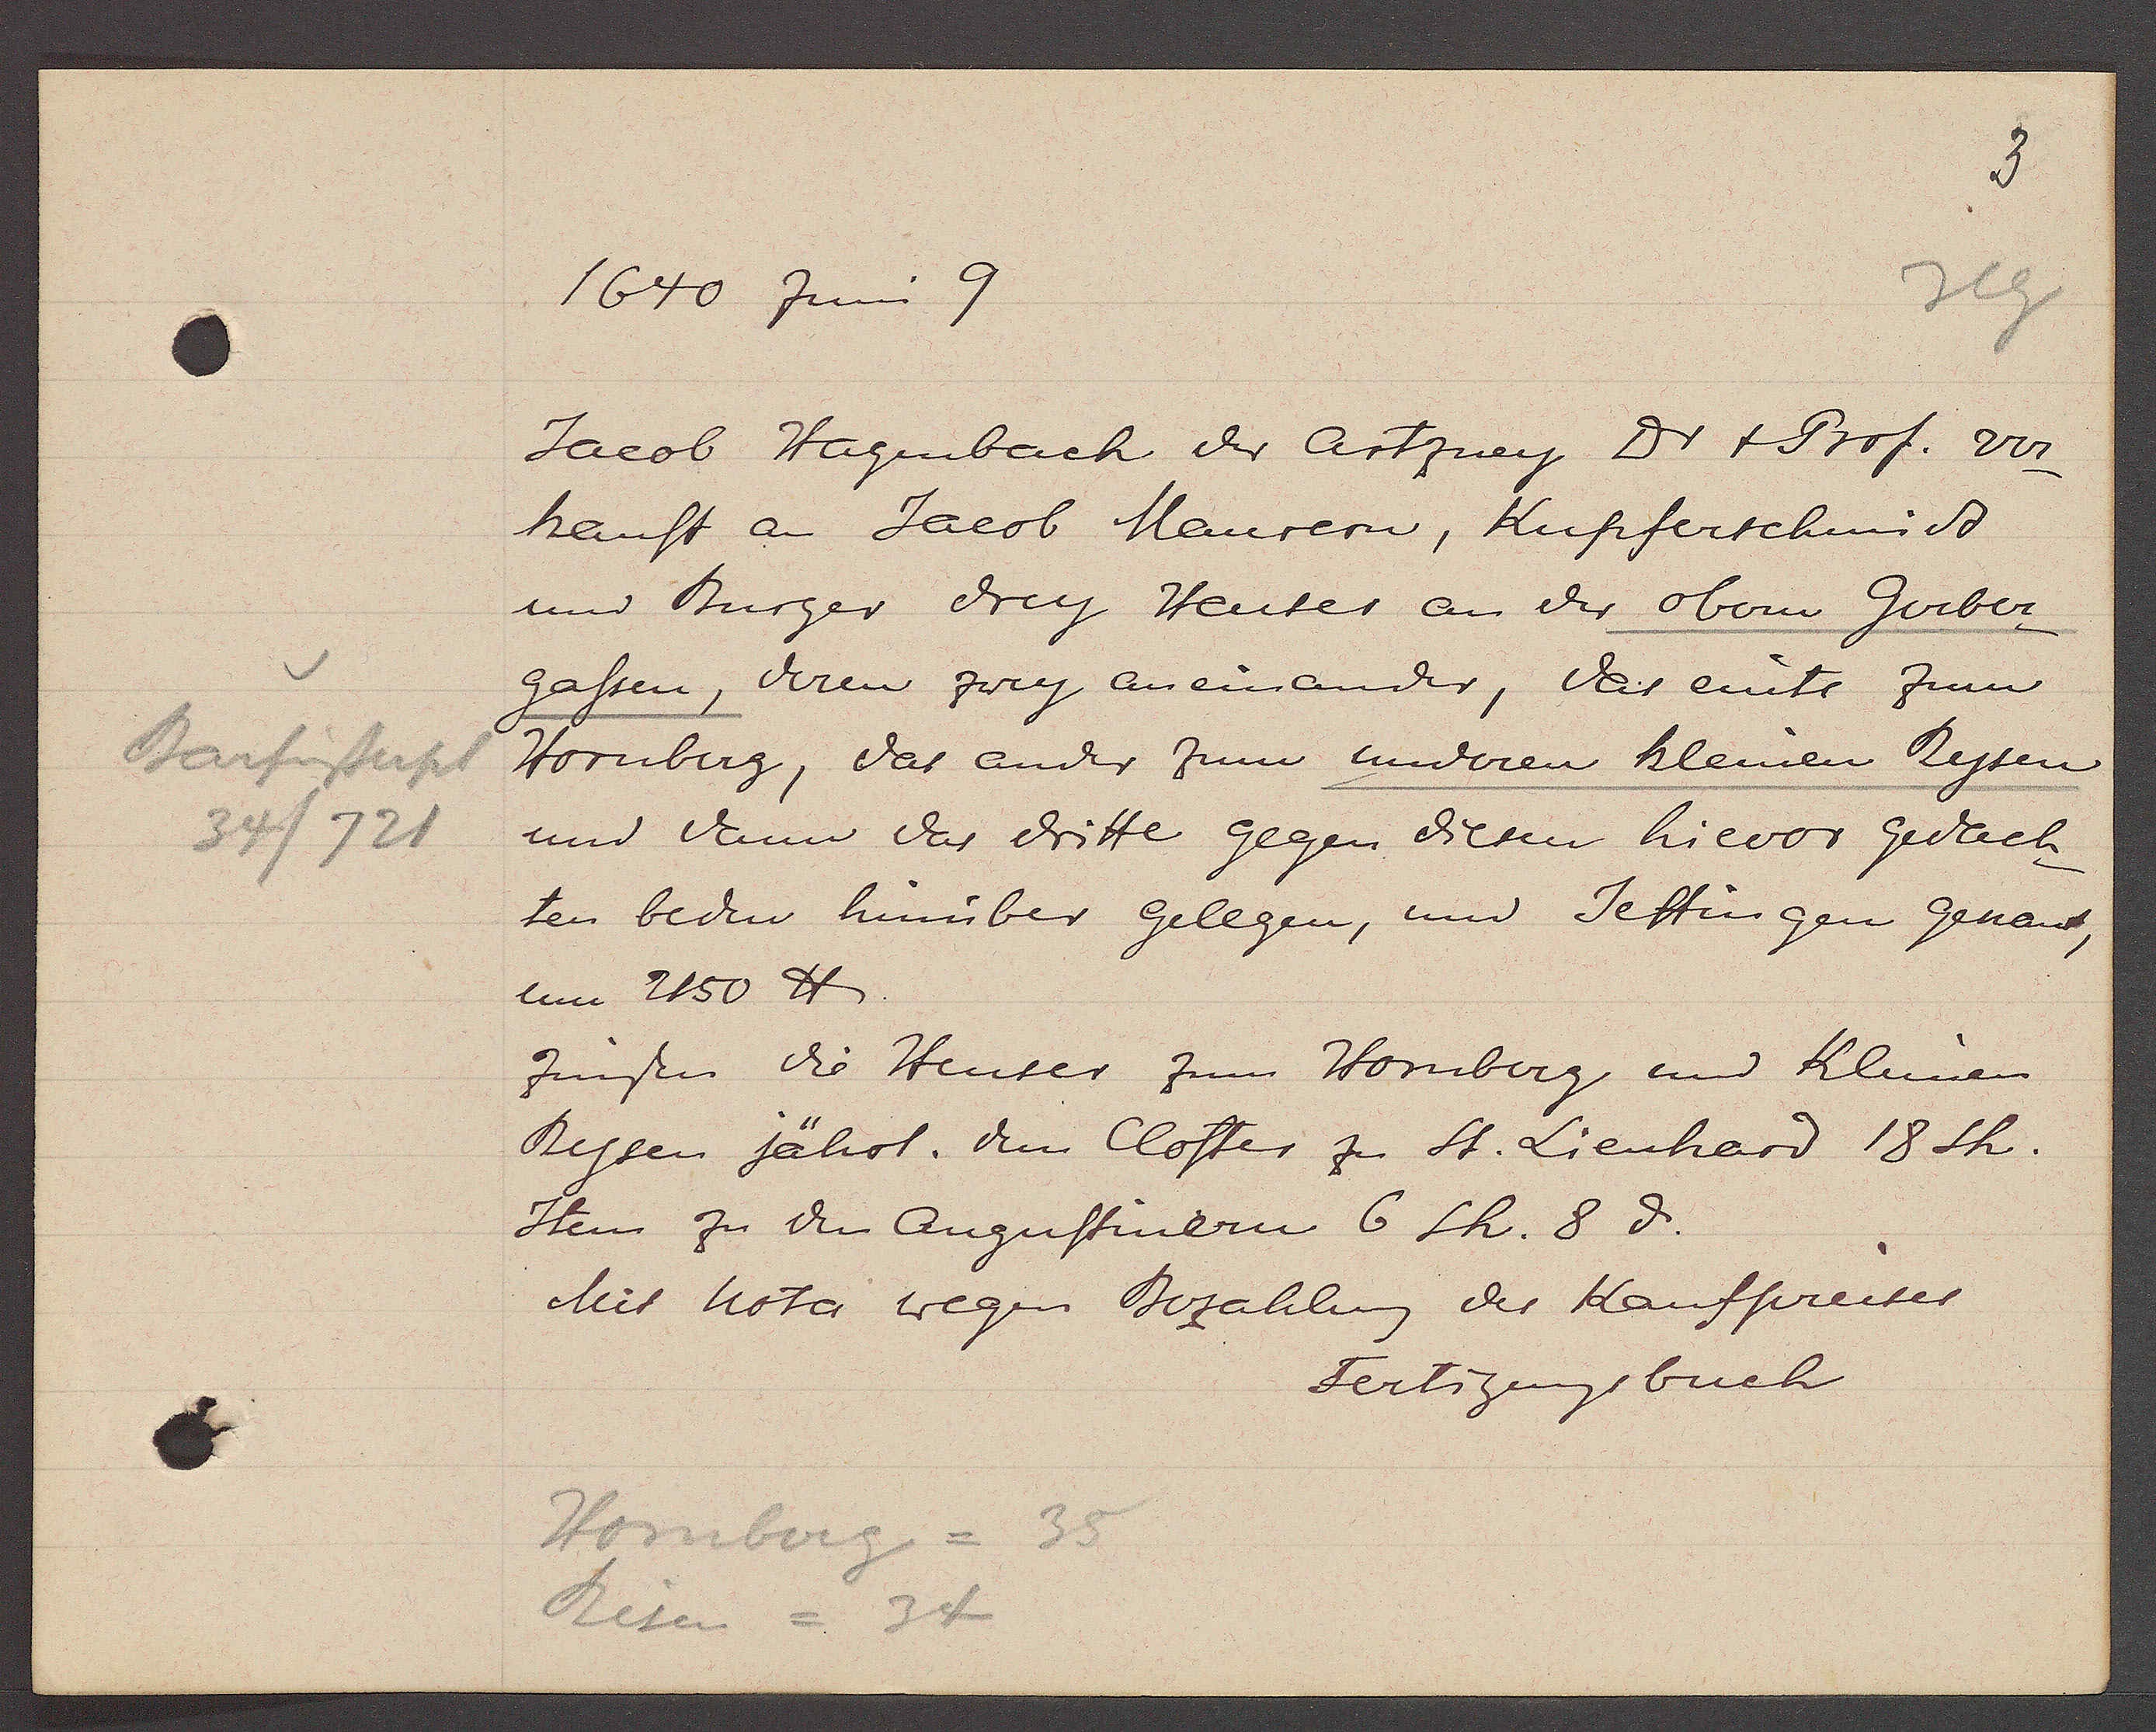
Transcript:
Barfüsserpl
34/721

1640 Juni 9

Jacob Hagenbach der Artzney Dr. + Prof. ver¬
kauft an Jacob Maurern, Kupferschmid
und Burger drey Heuser an der obern Gerber
gassen, deren zwey aneinander, das einte zum
Hornberg, das ander zum underen kleinen Rysen
und damn das dritte gegen diesen hievor gedach¬
ten beden hinüber gelegen, und Settingen genant,
um 2150 ℔.
zinsen die Heuser zum Hornberg und Keinen
Rysen jährl. dem Closter zu St. Lienhard 18 sh.
Item zu den Augustinern 6 sh. 8 ȡ.
Mit nota wegen Bezahlung des Kaufpreises

Homberg = 35
Risen = 34

Fertigungsbuch